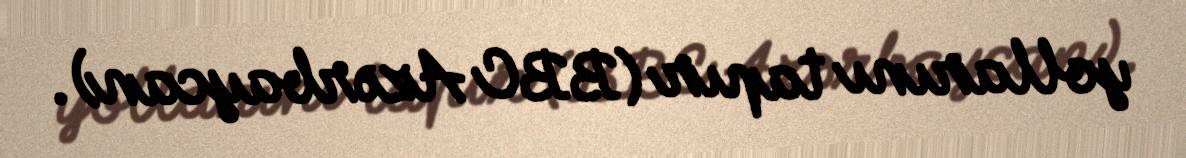
yollarını tapır (BBC Azərbaycan).